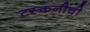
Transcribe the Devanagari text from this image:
टस्कनीची